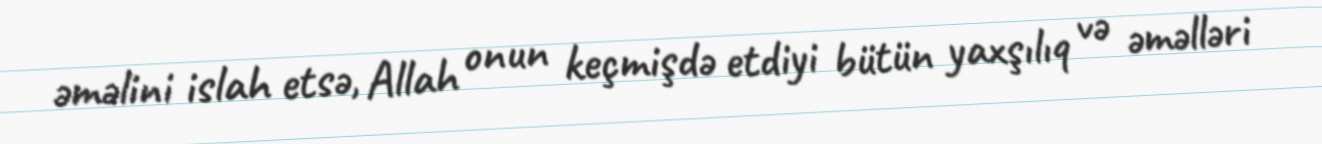
əməlini islah etsə, Allah onun keçmişdə etdiyi bütün yaxşılıq və əməlləri